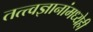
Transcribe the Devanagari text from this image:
तत्त्वज्ञानांमध्येही